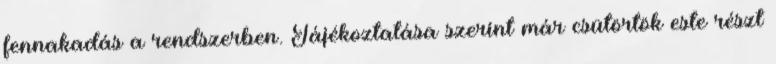
fennakadás a rendszerben. Tájékoztatása szerint már csütörtök este részt